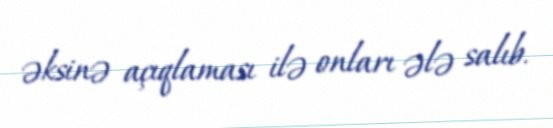
əksinə açıqlaması ilə onları ələ salıb.